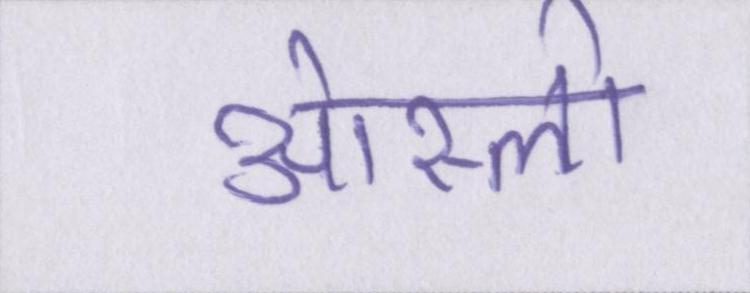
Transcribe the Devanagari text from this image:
ओस्लो